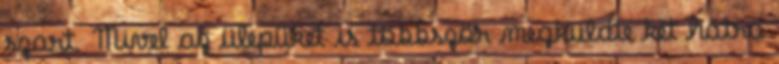
szart. Mivel az ülepüket is többször megküldte két hátra